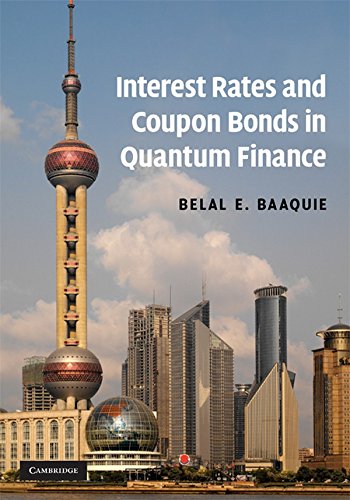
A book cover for Interest Rates and Coupon Bonds in Quantum Finance; Belal E. Baaquie; Business & Money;